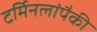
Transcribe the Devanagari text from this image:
टर्मिनलांपैकी